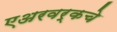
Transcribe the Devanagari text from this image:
एअरवर्कचे